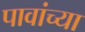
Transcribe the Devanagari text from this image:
पावांच्या